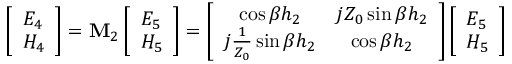
\left[ \begin{array} { l } { E _ { 4 } } \\ { H _ { 4 } } \end{array} \right] = \mathbf { M } _ { 2 } \left[ \begin{array} { l } { E _ { 5 } } \\ { H _ { 5 } } \end{array} \right] = \left[ \begin{array} { c c } { \cos \beta h _ { 2 } } & { j Z _ { 0 } \sin \beta h _ { 2 } } \\ { j \frac { 1 } { Z _ { 0 } } \sin \beta h _ { 2 } } & { \cos \beta h _ { 2 } } \end{array} \right] \left[ \begin{array} { l } { E _ { 5 } } \\ { H _ { 5 } } \end{array} \right]